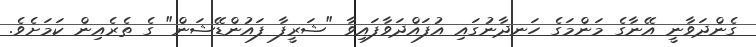
ގެންދަވާނީ އޭނާގެ މަންމަގެ ހަނދާނުގައި އުފައްދަވާފައިވާ "ޝަރީފާ ފައުންޑޭޝަން" ގެ ތެރެއިން ކަމަށެވެ.